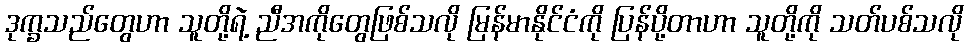
ဒုက္ခသည်တွေဟာ သူတို့ရဲ့ ညီအကိုတွေဖြစ်သလို မြန်မာနိုင်ငံကို ပြန်ပို့တာဟာ သူတို့ကို သတ်ပစ်သလို